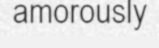
amorously